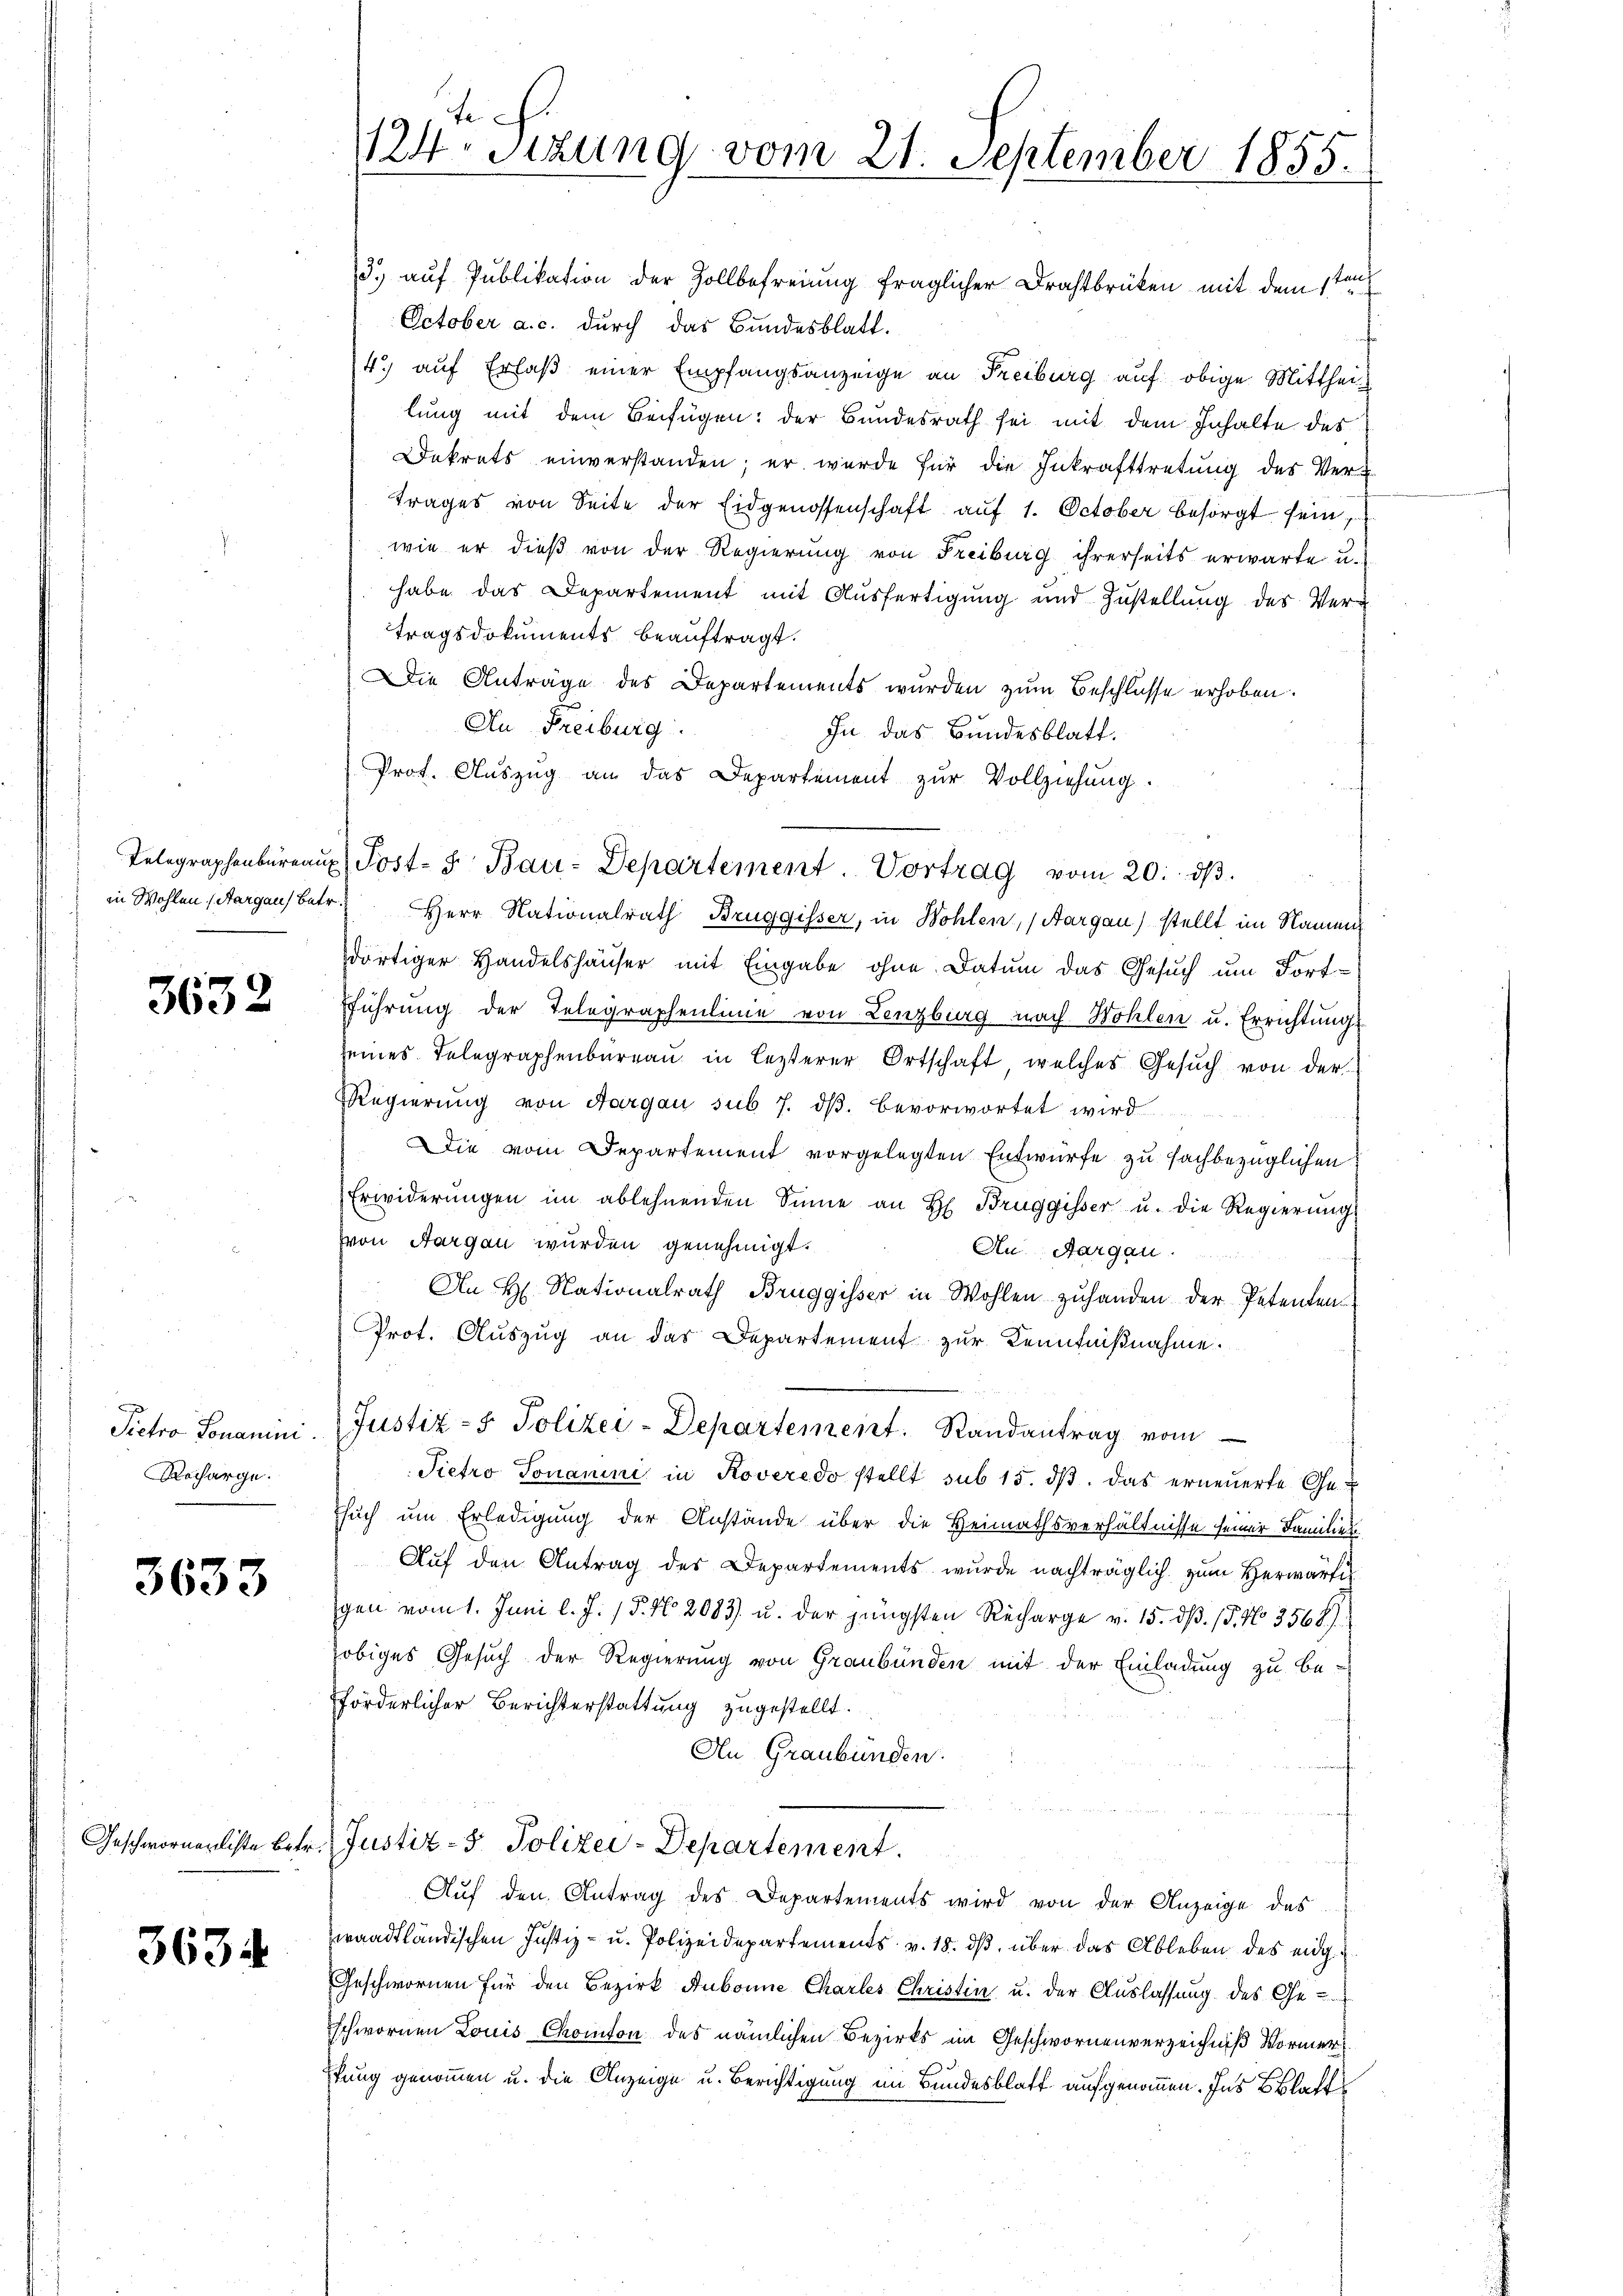
te
124. Sitzung vom 21. September 1855.

3.) auf Publikation der Zollbefreiung fraglicher Drahtbrüken mit dem stan
October a. c. durch das Bundesblatt.
4.) auf Erlaß einer Empfangsanzeige an Freiburg auf obige Mittheil
lung mit dem Beifügen: der Bundesrath sei mit dem Inhalte des
Dekrets einverstanden; er wurde für die Inkrafttretung des Ver-
trages von Seite der Eidgenossenschaft auf 1. October besorgt sein,
wie er dieß von der Regierung von Freiburg ihrerseits erwarte u.
habe das Departement mit Ausfertigung und Zustellung des Vertragsdokuments beauftragt.
Die Anträge des Departements wurden zum Beschlusse erhoben.
An Freiburg
In das Bundesblatt.
Prot. Aŭszŭg an das Departement zŭr Vollziehŭng.
in Wohlen (Aargau betr. Herr Nationalrath Bruggisser, in Wohlen, (Aargau) stellt im Namen
dortiger Handelshäuser mit Eingabe ohne Datum das Gesŭch ŭm Fort-
fführung der Telegraphenlinie von Lenzburg nach Wohlen u. Errichtungs
seines Telegraphenbureau in lezterer Ortschaft, welches Gesŭch von der
Regierung von Aargau sub 7. dβ bevorwortet wird
Die vom Departement vorgelegten Entwurfe zu fachbezüglichen
Erwiderŭngen im ablehnenden Sinne an H. Bruggisser u. die Regierŭng
von Aargau wurden genehmigt.
An Aargau.
An H. Nationalrath Bruggisser in Wohlen zŭ handen der Petenten-
Prot. Aŭszŭg an das Departement zŭr Kenntniβnahme.
Justiz- & Polizei-Departement. Randantrag vom
Pietro Tonanini in Roveredo stellt sub 15. ds. das erneuerte Ge¬
Esuch um Erledigung der Anstände über die Heimathsverhältnisse seiner Familien
Auf den Antrag des Departements wurde nachträglich zum Verwarfes
gen vom 1. Juni l. J. 15. No. 2083) u. der jüngsten Recharge v. 15. dβ. /5. No 3568).
obiges Gesuch der Regierung von Graubünden mit der Einladung zu be-
förderlicher Berichterstattung zugestellt.
An Graubünden.
Justiz- & Polizei-Departement.
Auf den Antrag des Departements wird von der Anzeige des
waadtländischen Justiz- u. Polizeidepartements v. 18. ds. über das Ableben des eig¬
Geschwornen für den Bezirk Aubonne Charles Christin u. der Auslassung des Ge-
schwornen Louis Chomson des nämlichen Bezirks im Geschwornenverzeichniß Vormer
Efung genommen u. die Anzeige u. Berichtigung im Bundesblatt aufgenommen. Ins Blatt

Telegraphenbüreaŭs Post- u Bau-Departement. Vortrag vom 20. dβ.

3632

Pietro Ponanini.
Recharge.

3633

Geschwornenliste Betr.

3634